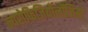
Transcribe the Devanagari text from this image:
न्यरोफिजियोलॉजिस्ट